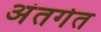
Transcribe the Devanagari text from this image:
अंतर्गत